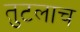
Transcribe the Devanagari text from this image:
तुटलाच